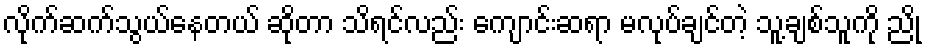
လိုက်ဆက်သွယ်နေတယ် ဆိုတာ သိရင်လည်း ကျောင်းဆရာ မလုပ်ချင်တဲ့ သူ့ချစ်သူကို ညို